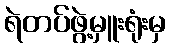
ရဲတပ်ဖွဲ့မှူးရုံးမှ